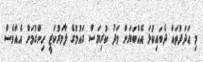
މި ޢަދަދުތައް ދެބައިކުޅަ އެއްބަޔަށް މަދު ކުރިޔަސް ގައުމުގެ ލާމަރުކަޒީ ހިންގުމަށް އެއްވެސް